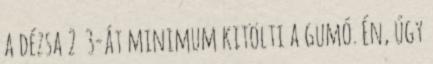
a dézsa 2 3-át minimum kitölti a gumó. Én, úgy